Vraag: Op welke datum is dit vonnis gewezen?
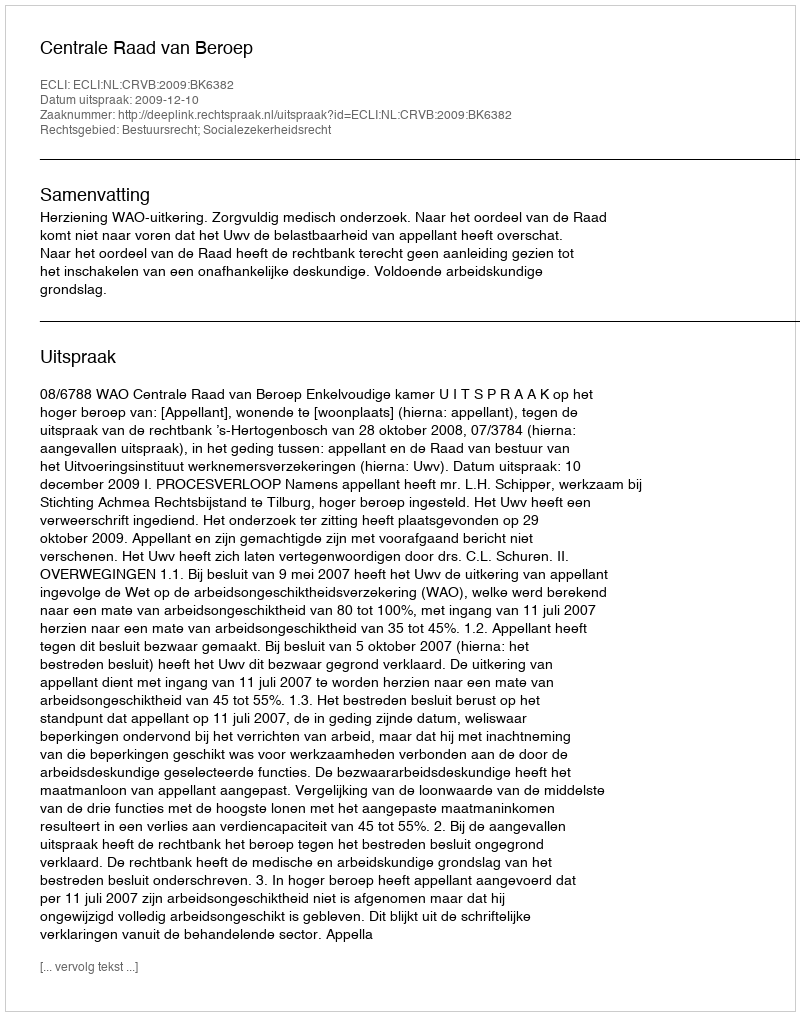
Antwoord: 2009-12-10